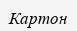
Картон